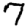
Digit: 7